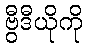
ဗွီဒီယိုကို